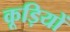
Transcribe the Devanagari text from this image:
कूड़ियों